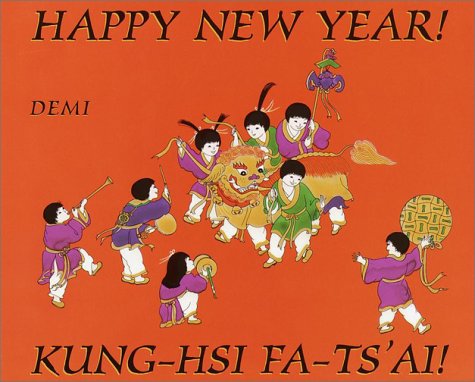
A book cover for Happy New Year! Kung-Hsi Fa-Ts'Ai; Demi; Children's Books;